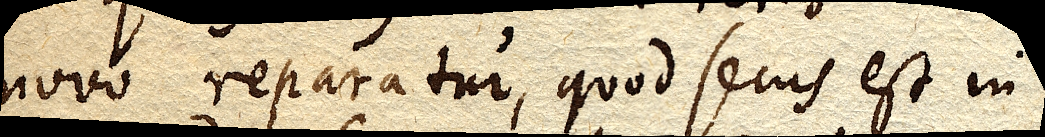
novo reparatur, quod secus est in